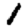
Digit: 1